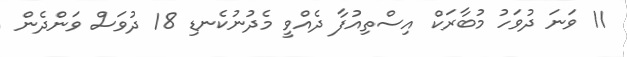
11 ވަނަ ދުވަހު މުބާރަކް އިސްތިއުފާ ދެއްވީ މެދުނުކެނޑި 18 ދުވަސް ވަންދެން